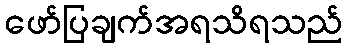
ဖော်ပြချက်အရသိရသည်